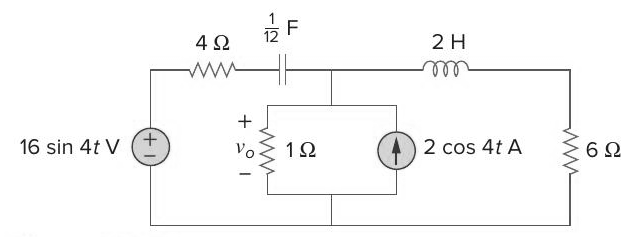
Components in this circuit:
inductor
resistor
capacitor
resistor
current source
voltage source
resistor